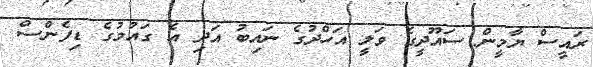
ރައީސް ޔާމީން ސައޫދީގެ ވަލީ އަހްދުގެ ނައިބު އަދި އެ ގައުމުގެ ޑިފެންސް